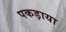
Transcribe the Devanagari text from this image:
पकड़ाया